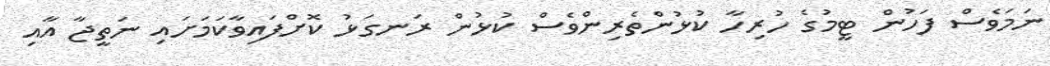
ނަމަވެސް ފަހުން ޓީމުގެ ހުރިހާ ކުޅުންތެރިންވެސް ކުޅުން ރަނގަޅު ކޮށްފައިވާކަމަށައި ނަތީޖާ އާއި